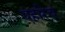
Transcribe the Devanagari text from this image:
एहरिच